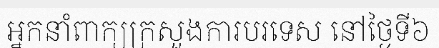
អ្នកនាំពាក្យក្រសួងការបរទេស នៅថ្ងៃទី៦